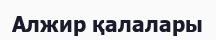
Алжир қалалары